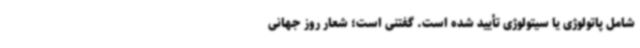
شامل پاتولوژی یا سیتولوژی تأیید شده است. گفتنی است؛ شعار روز جهانی